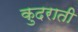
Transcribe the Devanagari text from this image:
कुदराती